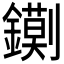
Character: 𮣔